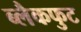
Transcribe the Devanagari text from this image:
ब्लैकफुट